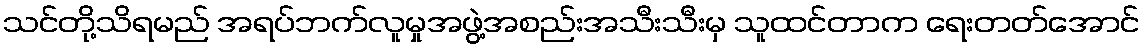
သင်တို့သိရမည် အရပ်ဘက်လူမှုအဖွဲ့အစည်းအသီးသီးမှ သူထင်တာက ရေးတတ်အောင်